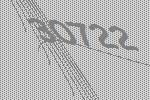
30722